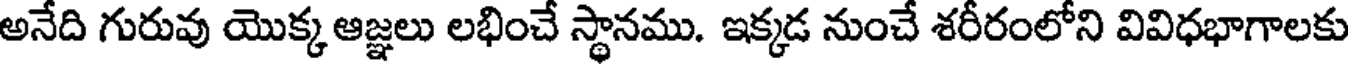
అనేది గురువు యొక్క ఆజ్ఞలు లభించే స్థానము. ఇక్కడ నుంచే శరీరంలోని వివిధభాగాలకు